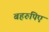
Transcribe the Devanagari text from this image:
बहरुपिए